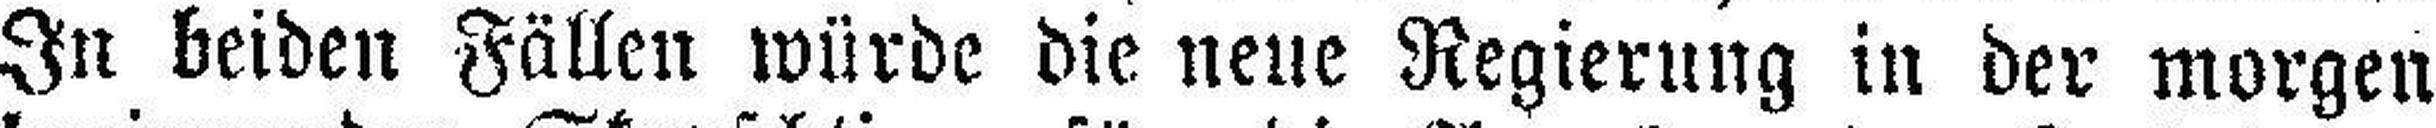
In beiden Fällen würde die neue Regierung in der morgen